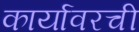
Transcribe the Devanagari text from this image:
कार्यावरची